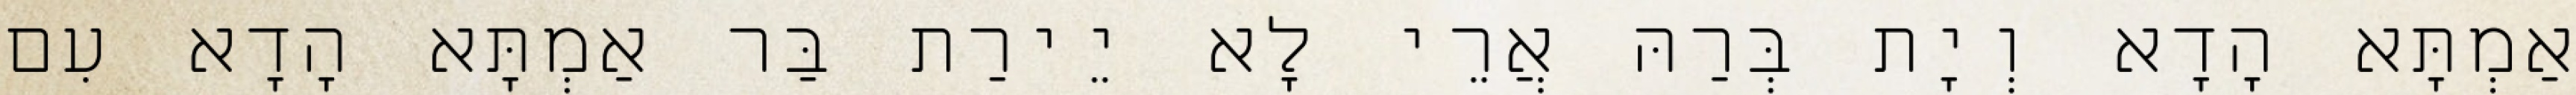
אַמְתָּא הָדָא וְיָת בְּרַהּ אֲרֵי לָא יֵירַת בַּר אַמְתָּא הָדָא עִם